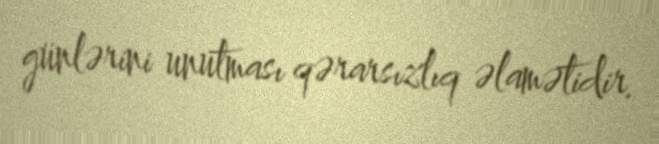
günlərini unutması qərarsızlıq əlamətidir.